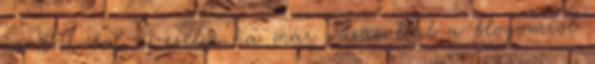
az EU-ból. 2 esély, ha már vásároltál a blogomról